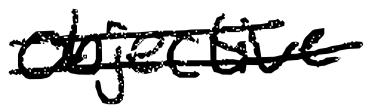
Text: objective
Cross-out: double-line
Writing tool: digital_black